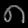
Digit: ၈